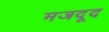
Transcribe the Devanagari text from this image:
मजदूद